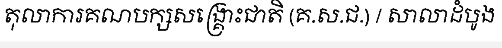
តុលាការគណបក្សសង្គ្រោះជាតិ (គ.ស.ជ.) / សាលាដំបូង